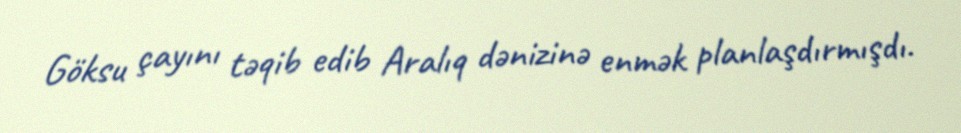
Göksu çayını təqib edib Aralıq dənizinə enmək planlaşdırmışdı.